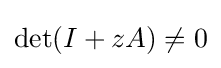
\det(I+zA)\neq 0